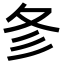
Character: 㣊